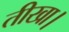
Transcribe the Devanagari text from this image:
तीखा।